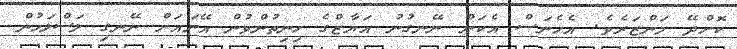
ކޮށްދޭ މަންޒަރެވެ. އެހެނަސް އެކަން ނޭނގުނު އަޔާޒްގެ ހިނިތުންވުން އޭނައަށް ނޭނގި ލަސްލަހުން